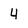
Character: 4